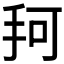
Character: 𰓎